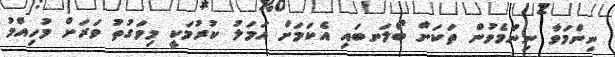
ނިންމަވާ ނިންމެވުން ތަކަށް ބޯލަނބައި އެކަމަށް އަމަލު ކުރުމަކީ މިވަގުތު ވަރަށް މުހިއްމު